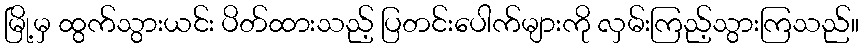
မြို့မှ ထွက်သွားယင်း ပိတ်ထားသည့် ပြတင်းပေါက်များကို လှမ်းကြည့်သွားကြသည်။